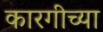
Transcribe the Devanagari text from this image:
कारगीच्या